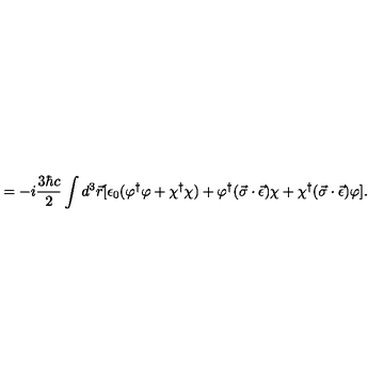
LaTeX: = - i \frac { 3 \hbar c } { 2 } \int d ^ { 3 } \vec { r } [ \epsilon _ { 0 } ( \varphi ^ { \dagger } \varphi + \chi ^ { \dagger } \chi ) + \varphi ^ { \dagger } ( \vec { \sigma } \cdot \vec { \epsilon } ) \chi + \chi ^ { \dagger } ( \vec { \sigma } \cdot \vec { \epsilon } ) \varphi ] { . }